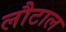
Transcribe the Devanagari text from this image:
लौटाल